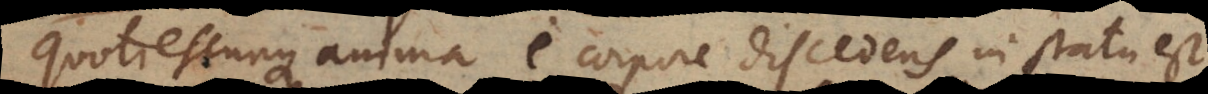
Quotiescunque anima e corpore discedens in statu est